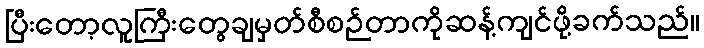
ပြီးတော့လူကြီးတွေချမှတ်စီစဉ်တာကိုဆန့်ကျင်ဖို့ခက်သည်။